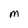
Character: M